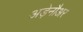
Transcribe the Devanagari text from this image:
अड़ेनौअर